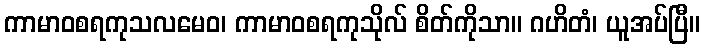
ကာမာဝစရကုသလမေဝ၊ ကာမာဝစရကုသိုလ် စိတ်ကိုသာ။ ဂဟိတံ၊ ယူအပ်ပြီ။